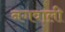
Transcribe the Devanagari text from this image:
नगवाली